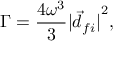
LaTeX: \Gamma = { \frac { 4 \omega ^ { 3 } } { 3 } } { | { \vec { d } } _ { f i } | } ^ { 2 } ,